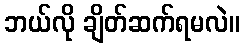
ဘယ်လို ချိတ်ဆက်ရမလဲ။